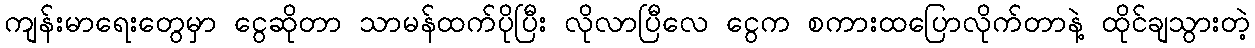
ကျန်းမာရေးတွေမှာ ငွေဆိုတာ သာမန်ထက်ပိုပြီး လိုလာပြီလေ ငွေက စကားထပြောလိုက်တာနဲ့ ထိုင်ချသွားတဲ့